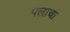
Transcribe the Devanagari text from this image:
फ्लाचा